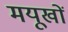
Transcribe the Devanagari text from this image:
मयूखों